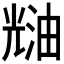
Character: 𰃑